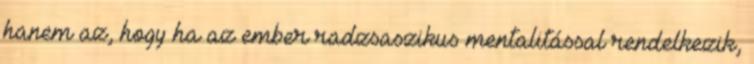
hanem az, hogy ha az ember radzsaszikus mentalitással rendelkezik,